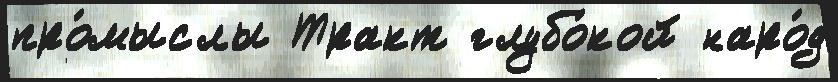
про́мыслы Тракт глубо́кой наро́д